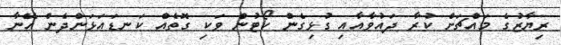
ރިޔާޒުގެ މައްޗަށް ކުރާ ދައުވާއާއި ގުޅިގެން ކޯޓުން ވަކި ގޮތެއް ކަނޑައަޅަންދެން އޭނާ